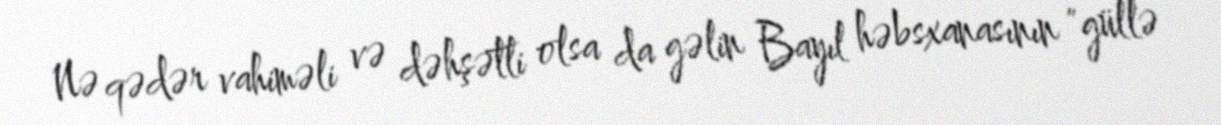
Nə qədər vahiməli və dəhşətli olsa da gəlin Bayıl həbsxanasının "güllə